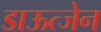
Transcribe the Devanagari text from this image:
डाऊत्जेन